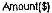
AMOUNT($)